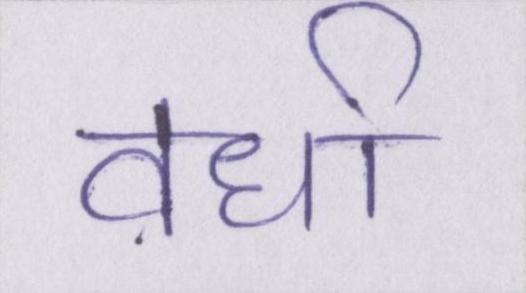
वर्धा